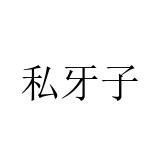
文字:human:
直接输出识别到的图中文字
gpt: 私牙子